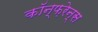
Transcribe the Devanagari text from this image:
कॉन्फ़रेन्स